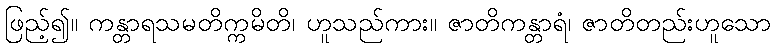
ဖြည့်၍။ ကန္တာရသမတိက္ကမိတိ၊ ဟူသည်ကား။ ဇာတိကန္တာရံ၊ ဇာတိတည်းဟူသော